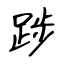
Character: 踄